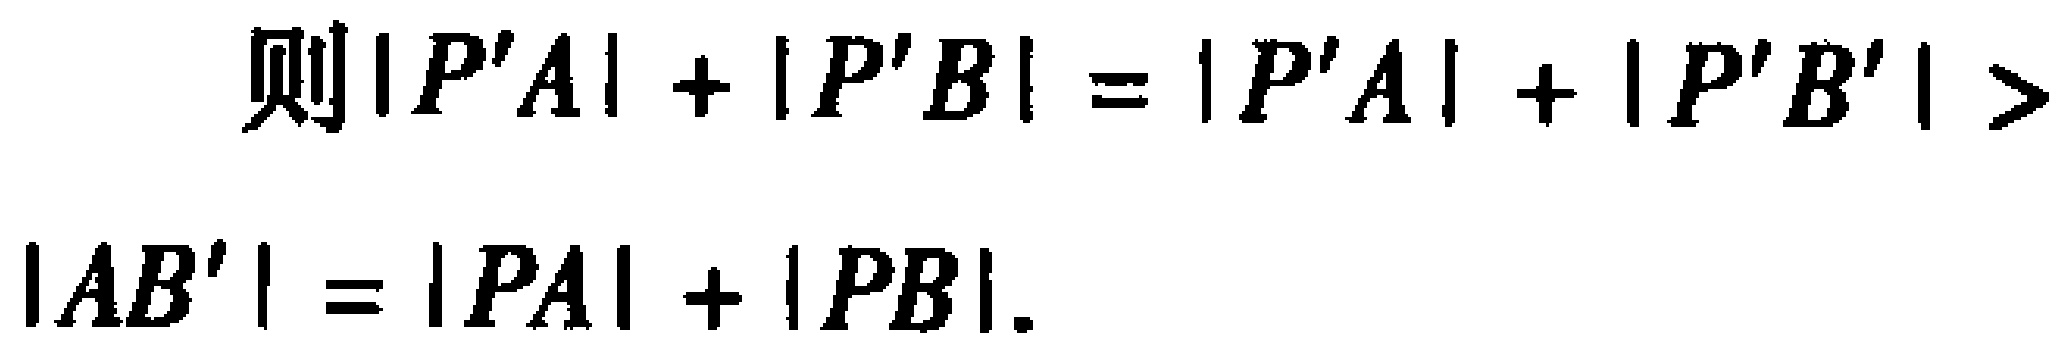
则\(\vert P'A\vert+\vert P'B\vert=\vert P'A\vert+\vert P'B'\vert > \vert AB'\vert=\vert PA\vert+\vert PB\vert\).